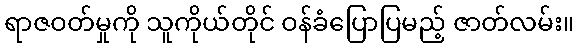
ရာဇဝတ်မှုကို သူကိုယ်တိုင် ဝန်ခံပြောပြမည့် ဇာတ်လမ်း။